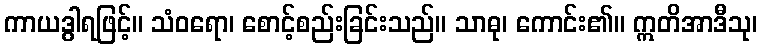
ကာယဒွါရဖြင့်။ သံဝရော၊ စောင့်စည်းခြင်းသည်။ သာဓု၊ ကောင်း၏။ ဣတိအာဒီသု၊